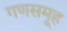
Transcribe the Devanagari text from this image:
गणसमूह